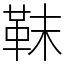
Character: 靺